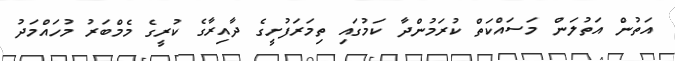
އަތުން އަތުލަން މަސައްކަތް ކުރަމުންދާ ކަމުގައި ތިމަރަފުށީގެ ދާއިރާގެ ކުރީގެ މެމްބަރު މުހައްމަދު